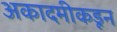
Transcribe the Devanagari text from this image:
अकादमीकडून